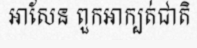
អាសែន ពួកអាក្បត់ជាតិ